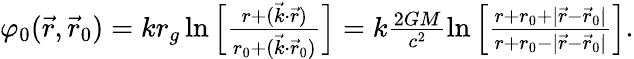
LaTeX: \begin{array}{r}{\varphi_{0}(\vec{r},\vec{r}_{0})=kr_{g}\ln\Big[\frac{r+(\vec{k}\cdot\vec{r})}{r_{0}+(\vec{k}\cdot\vec{r}_{0})}\Big]=k\frac{2GM}{c^{2}}\ln\Big[\frac{r+r_{0}+|{\vec{r}}-{\vec{r}}_{0}|}{r+r_{0}-|{\vec{r}}-{\vec{r}}_{0}|}\Big].}\end{array}